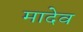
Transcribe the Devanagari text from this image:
मादेव